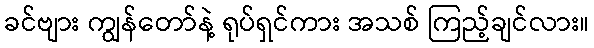
ခင်ဗျား ကျွန်တော်နဲ့ ရုပ်ရှင်ကား အသစ် ကြည့်ချင်လား။